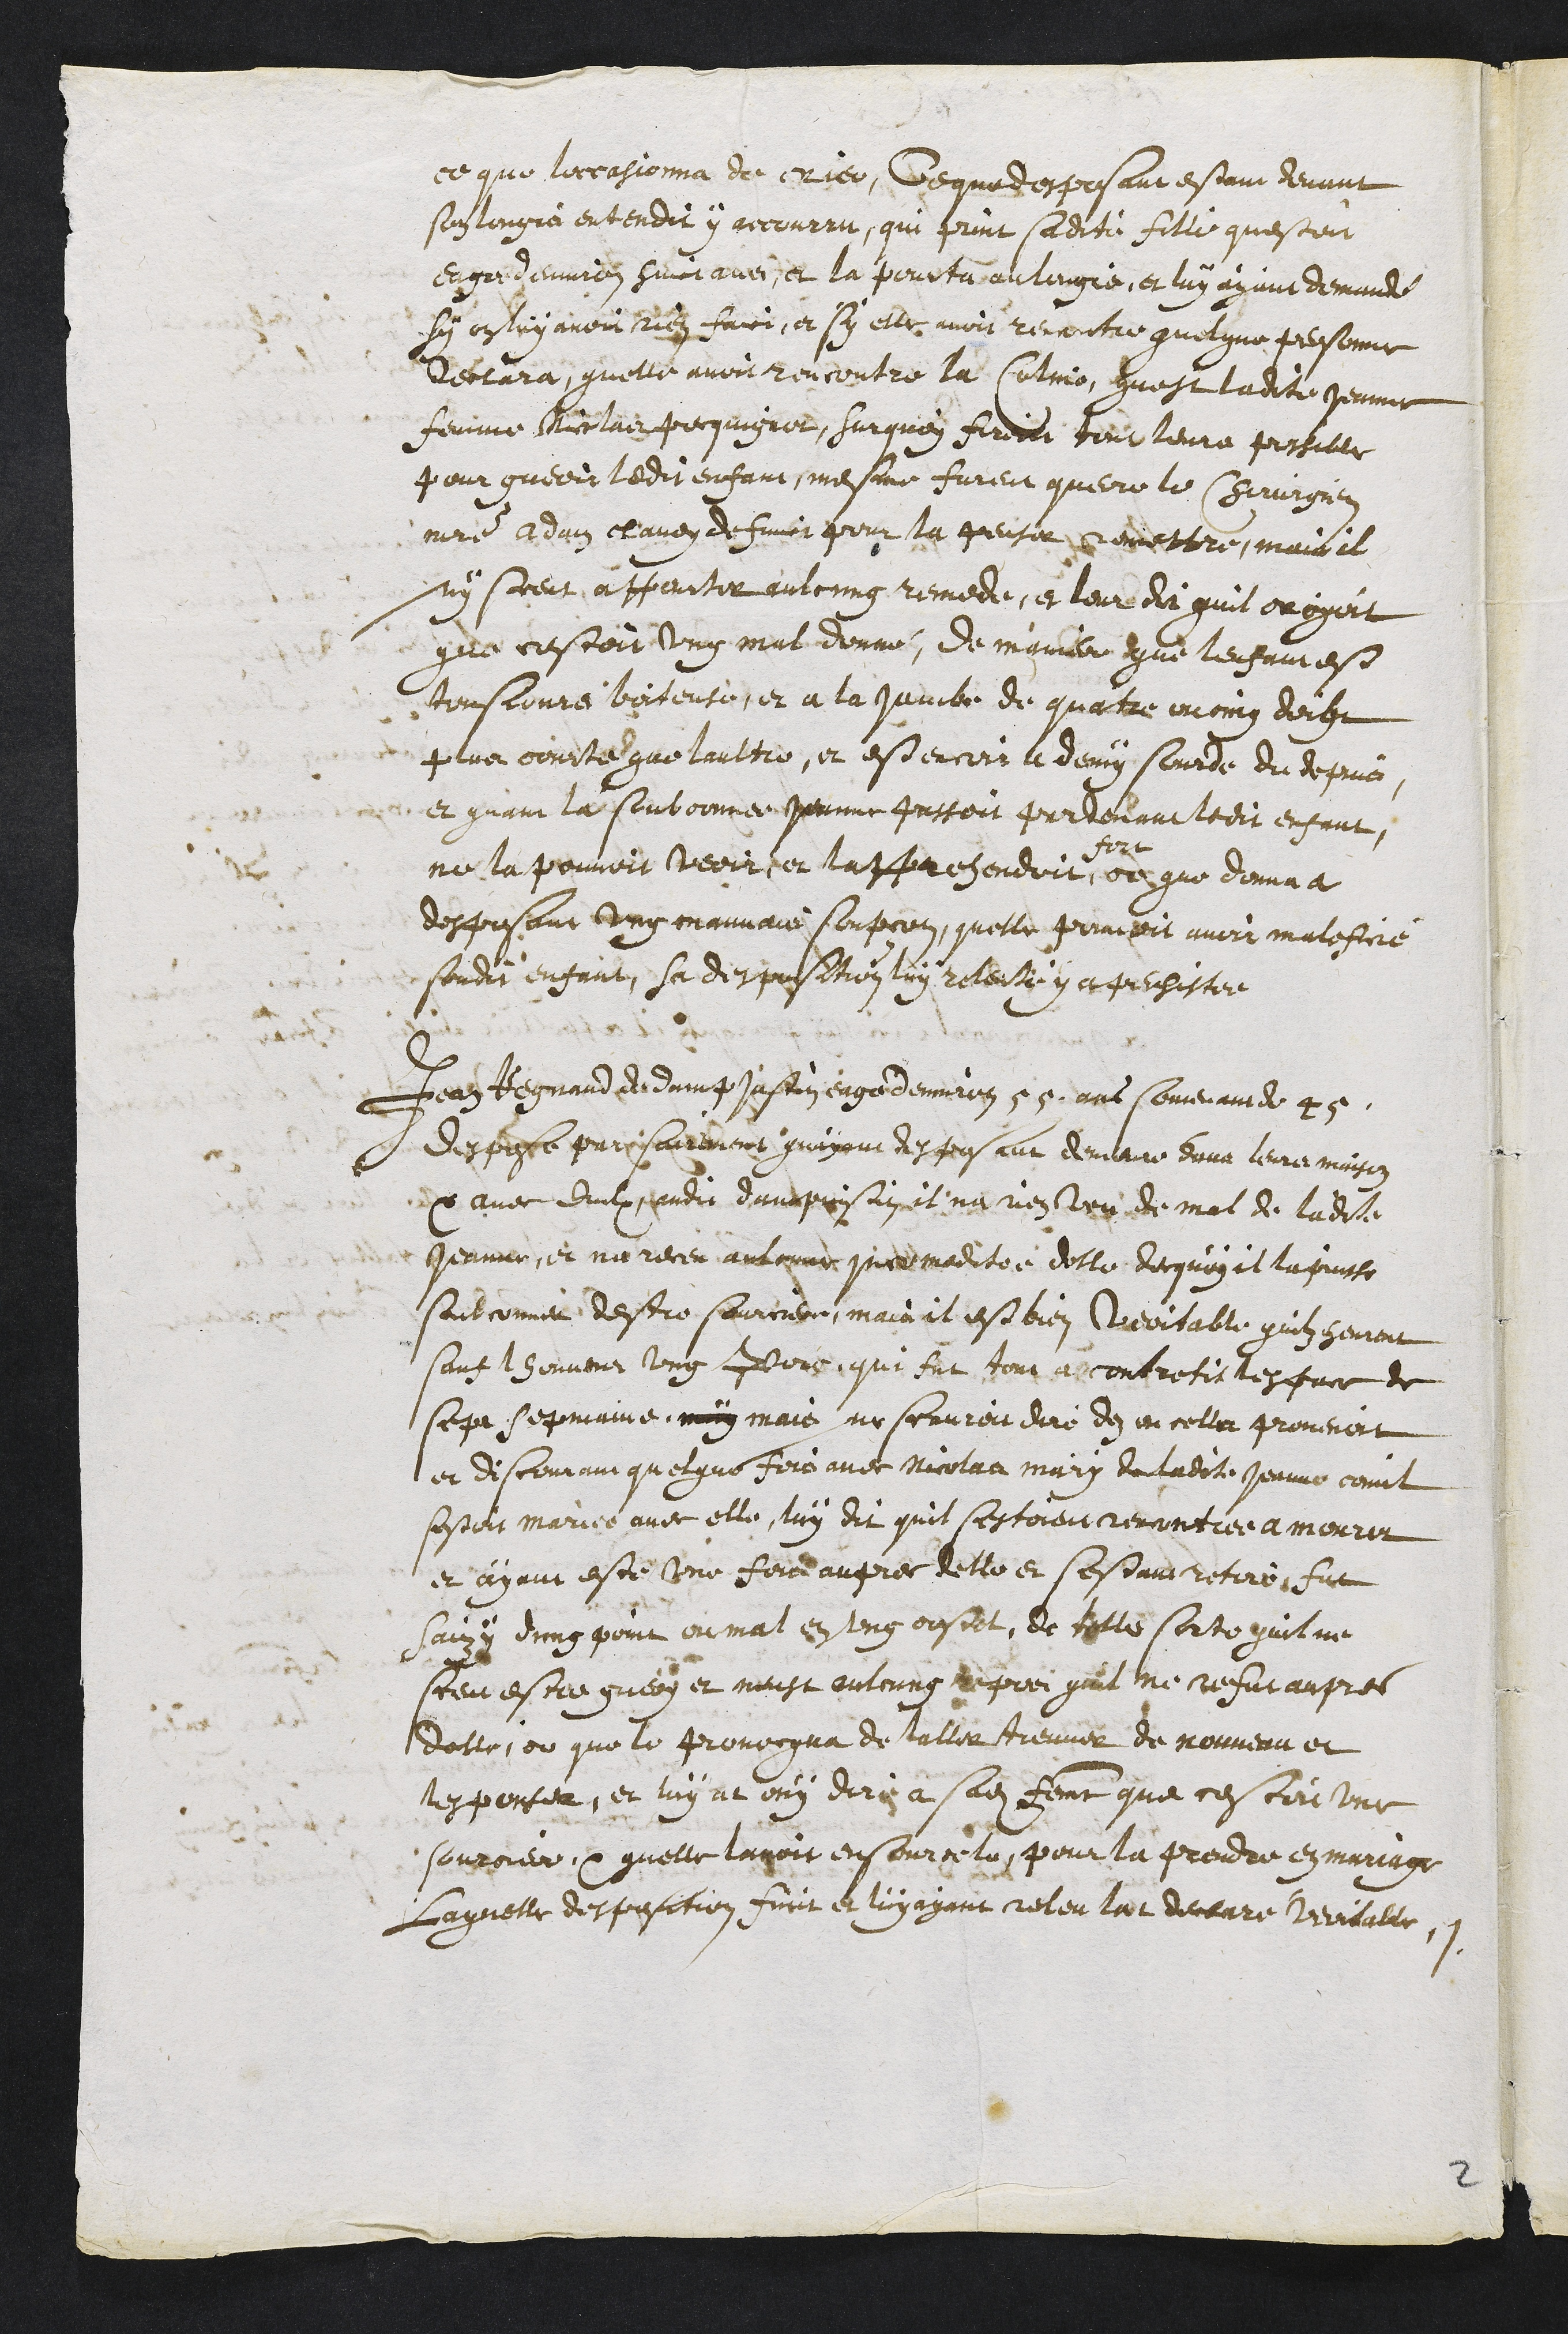
ce que l’occasionna de crier, ce que desposant estant devant
son lougis entendit y accourru, qui print sadite fille qu’estoit
eagee d’environ huit ans, et la pourta au lougis, et luy ayant demandé
sy on luy avoit rien faict, et sy elle avoit rencontre quelque personne
declara qu’elle avoit rencontre la Coline, qu’est ladite Jeanne
femme Nicolas Pecquignot, surquoy firent tout leurs possible
pour guerir ledit enfant, mesme furent quere le chirurgien
maitre Adam Claudy de ??? pour la penser remettre, mais il
ny sceut appourter aulcung remede, et leur dit qu’il croyoit
que c’estoit ung mal donné, de maniere que l’enfant est
tousiours boiteuse, et a la jambe de quatre ou cinq doigt
plus courte que l’aultre, et est encoir a demy sourde du depuis,
et quand la subconnee Jeanne passoit par devant ledit enfant,
ne la pouvoit veoir, et l’apprehendoit
fort
ce que donna a
desposant ung mauvais soupcon, qu’elle pouroit avoit maleficié
sondit enfant, sa desposition luy releute y a persister.
Jean Regnand de Dampjustin eage d’environ 55 ans souvenant de 45
despose par sairement qu’ayant desposant demeuré dans leurs maison
et avec eulx, audit Dampjustin, il n’a rien veu de mal de ladite
Jeanne, et n’a receu aulcune incomoditée d’elle dequoy il la puisse
soubconnee d’estre sourciere, mais il est bien veritable qu’ilz heurent
sauf l’honneur ung porc, qui fut tout a contretit l’espace de
sept sepmaine, mais ne scauroit dire dez ou cella provenoit
et discourant quelque fois avec Nicolas mary de ladite Jeanne comil
s’estoit mariee avec elle, luy dit qu’il s’estoient rencontree a Mourer
et ayant este une fois aupres d’elle et s’estant retire fut
saizy d’ung point ou mal en l’ung costel, de telle sorte qu’il ne
sceu estre guery et neust aulcung repos qu’il ne refut aupres
d’elle ; ou que le provocqua de l’aller treuver de nouveau et
l’espouser, et luy at ouy dir a sadite femme que c’estoit une
sourciere et qu’elle l’avoit ensourcele, pour le prendre en mariage
laquelle desposition finit et luy ayant releu lat declare veritable.